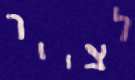
לצייר